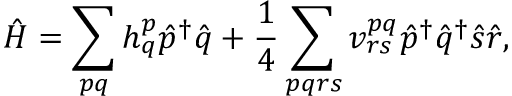
\Hat { H } = \sum _ { p q } h _ { q } ^ { p } \Hat { p } ^ { \dag } \Hat { q } + \frac { 1 } { 4 } \sum _ { p q r s } v _ { r s } ^ { p q } \Hat { p } ^ { \dag } \Hat { q } ^ { \dag } \Hat { s } \Hat { r } ,